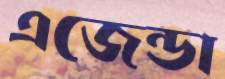
এজেন্ডা